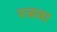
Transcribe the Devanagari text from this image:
रजवा